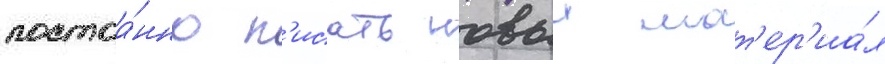
постоа́нно п'исать новыи мат'ер'иа́л